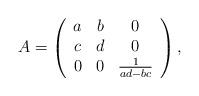
LaTeX: \begin{align*} \begin{array}{lllllll}A=\left(\begin{array}{ccc}a & b & 0 \\ c & d & 0 \\ 0& 0 & \frac{1}{ad-bc} \end{array}\right),\end{array} \end{align*}